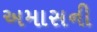
અમાસની